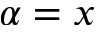
\alpha = x